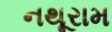
નથૂરામ